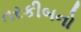
તરકીબનો